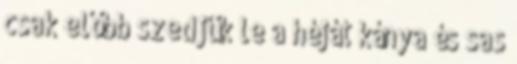
csak előbb szedjük le a héját kánya és sas